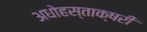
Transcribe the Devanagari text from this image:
अधोहस्ताक्षरी